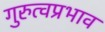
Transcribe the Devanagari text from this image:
गुरुत्वप्रभाव